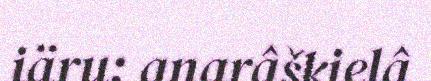
iäru: anarâškielâ